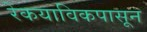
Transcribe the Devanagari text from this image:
रेकयाविकपासून